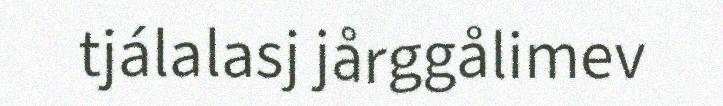
tjálalasj jårggålimev